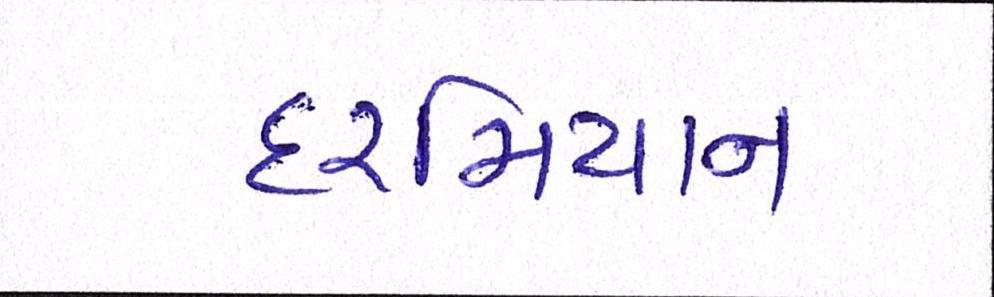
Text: દરમિયાન